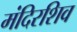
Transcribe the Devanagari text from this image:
मंदिरशिव